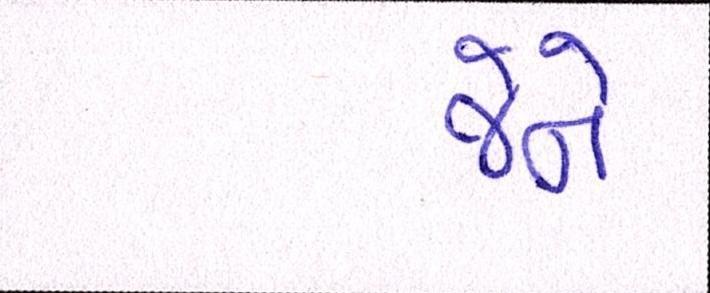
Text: જેને